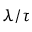
\lambda / \tau